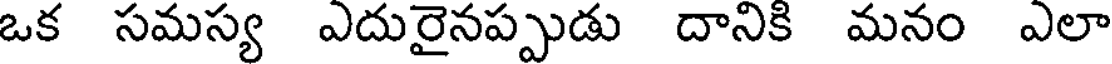
ఒక సమస్య ఎదురైనప్పుడు దానికి మనం ఎలా